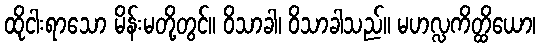
ထိုငါးရာသော မိန်းမတို့တွင်။ ဝိသာခါ၊ ဝိသာခါသည်။ မဟလ္လကိတ္ထိယော၊